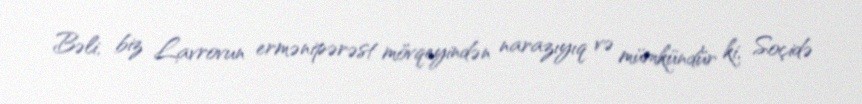
Bəli, biz Lavrovun ermənipərəst mövqeyindən narazıyıq və mümkündür ki, Soçidə